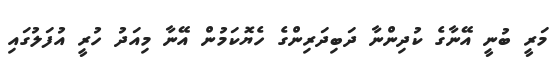
މަރީ ބުނީ އޭނާގެ ކުދިންނާ ދަބިދަރިންގެ ހެޔޮކަމުން އޭނާ މިއަދު ހުރީ އުފަލުގައި